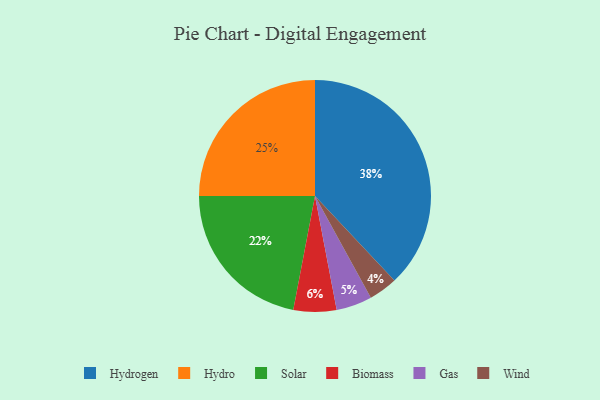
{"axis": {"x": "Category", "y": "Percentage"}, "legend": ["Biomass", "Gas", "Hydro", "Hydrogen", "Solar", "Wind"], "data": [{"x": "Biomass", "y": 6, "type": "Biomass"}, {"x": "Wind", "y": 4, "type": "Wind"}, {"x": "Hydro", "y": 25, "type": "Hydro"}, {"x": "Solar", "y": 22, "type": "Solar"}, {"x": "Gas", "y": 5, "type": "Gas"}, {"x": "Hydrogen", "y": 38, "type": "Hydrogen"}]}